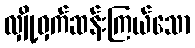
လျှို့ဝှက်ဆန်းကြယ်သော